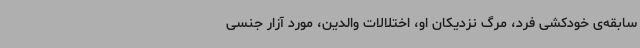
سابقه‌ی خودکشی فرد، مرگ نزدیکان او، اختلالات والدین، مورد آزار جنسی